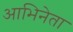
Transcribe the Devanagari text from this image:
आभिनेता